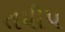
તયીપ